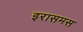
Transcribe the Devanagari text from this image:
इरासमस